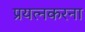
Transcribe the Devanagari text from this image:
प्रयत्नकरना